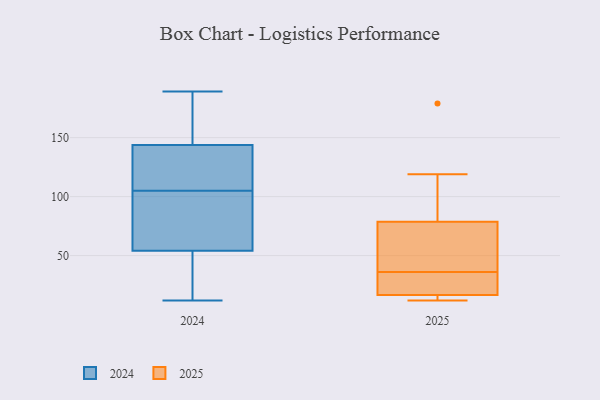
{"axis": {"x": "Waste Production (Tons)", "y": "Value"}, "legend": ["2024", "2025"], "data": [{"x": "", "y": 189, "type": "2024"}, {"x": "", "y": 146, "type": "2024"}, {"x": "", "y": 88, "type": "2024"}, {"x": "", "y": 145, "type": "2024"}, {"x": "", "y": 12, "type": "2024"}, {"x": "", "y": 105, "type": "2024"}, {"x": "", "y": 140, "type": "2024"}, {"x": "", "y": 60, "type": "2024"}, {"x": "", "y": 122, "type": "2024"}, {"x": "", "y": 24, "type": "2024"}, {"x": "", "y": 44, "type": "2024"}, {"x": "", "y": 52, "type": "2024"}, {"x": "", "y": 77, "type": "2024"}, {"x": "", "y": 186, "type": "2024"}, {"x": "", "y": 112, "type": "2024"}, {"x": "", "y": 77, "type": "2025"}, {"x": "", "y": 17, "type": "2025"}, {"x": "", "y": 15, "type": "2025"}, {"x": "", "y": 14, "type": "2025"}, {"x": "", "y": 73, "type": "2025"}, {"x": "", "y": 39, "type": "2025"}, {"x": "", "y": 84, "type": "2025"}, {"x": "", "y": 179, "type": "2025"}, {"x": "", "y": 119, "type": "2025"}, {"x": "", "y": 36, "type": "2025"}, {"x": "", "y": 29, "type": "2025"}, {"x": "", "y": 12, "type": "2025"}, {"x": "", "y": 23, "type": "2025"}]}